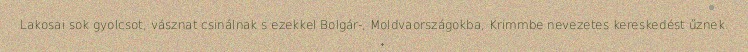
Lakosai sok gyolcsot, vásznat csinálnak s ezekkel Bolgár-, Moldvaországokba, Krimmbe nevezetes kereskedést űznek.